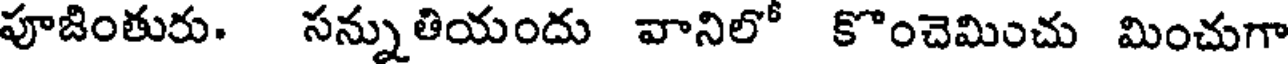
పూజింతురు. సన్నుతియందు వానిలో కొంచెమించు మించుగా